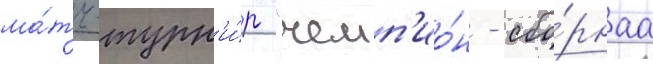
ма́тч-турн'и́р "чемп'ио́н - сбо́рнаа